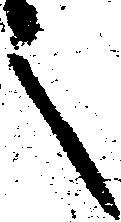
之